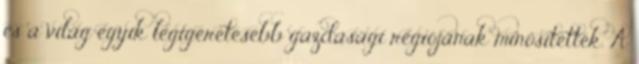
és a világ egyik legígéretesebb gazdasági régiójának minősítették. A